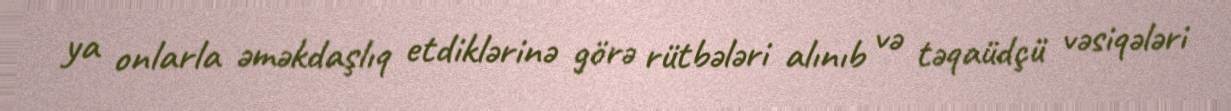
ya onlarla əməkdaşlıq etdiklərinə görə rütbələri alınıb və təqaüdçü vəsiqələri